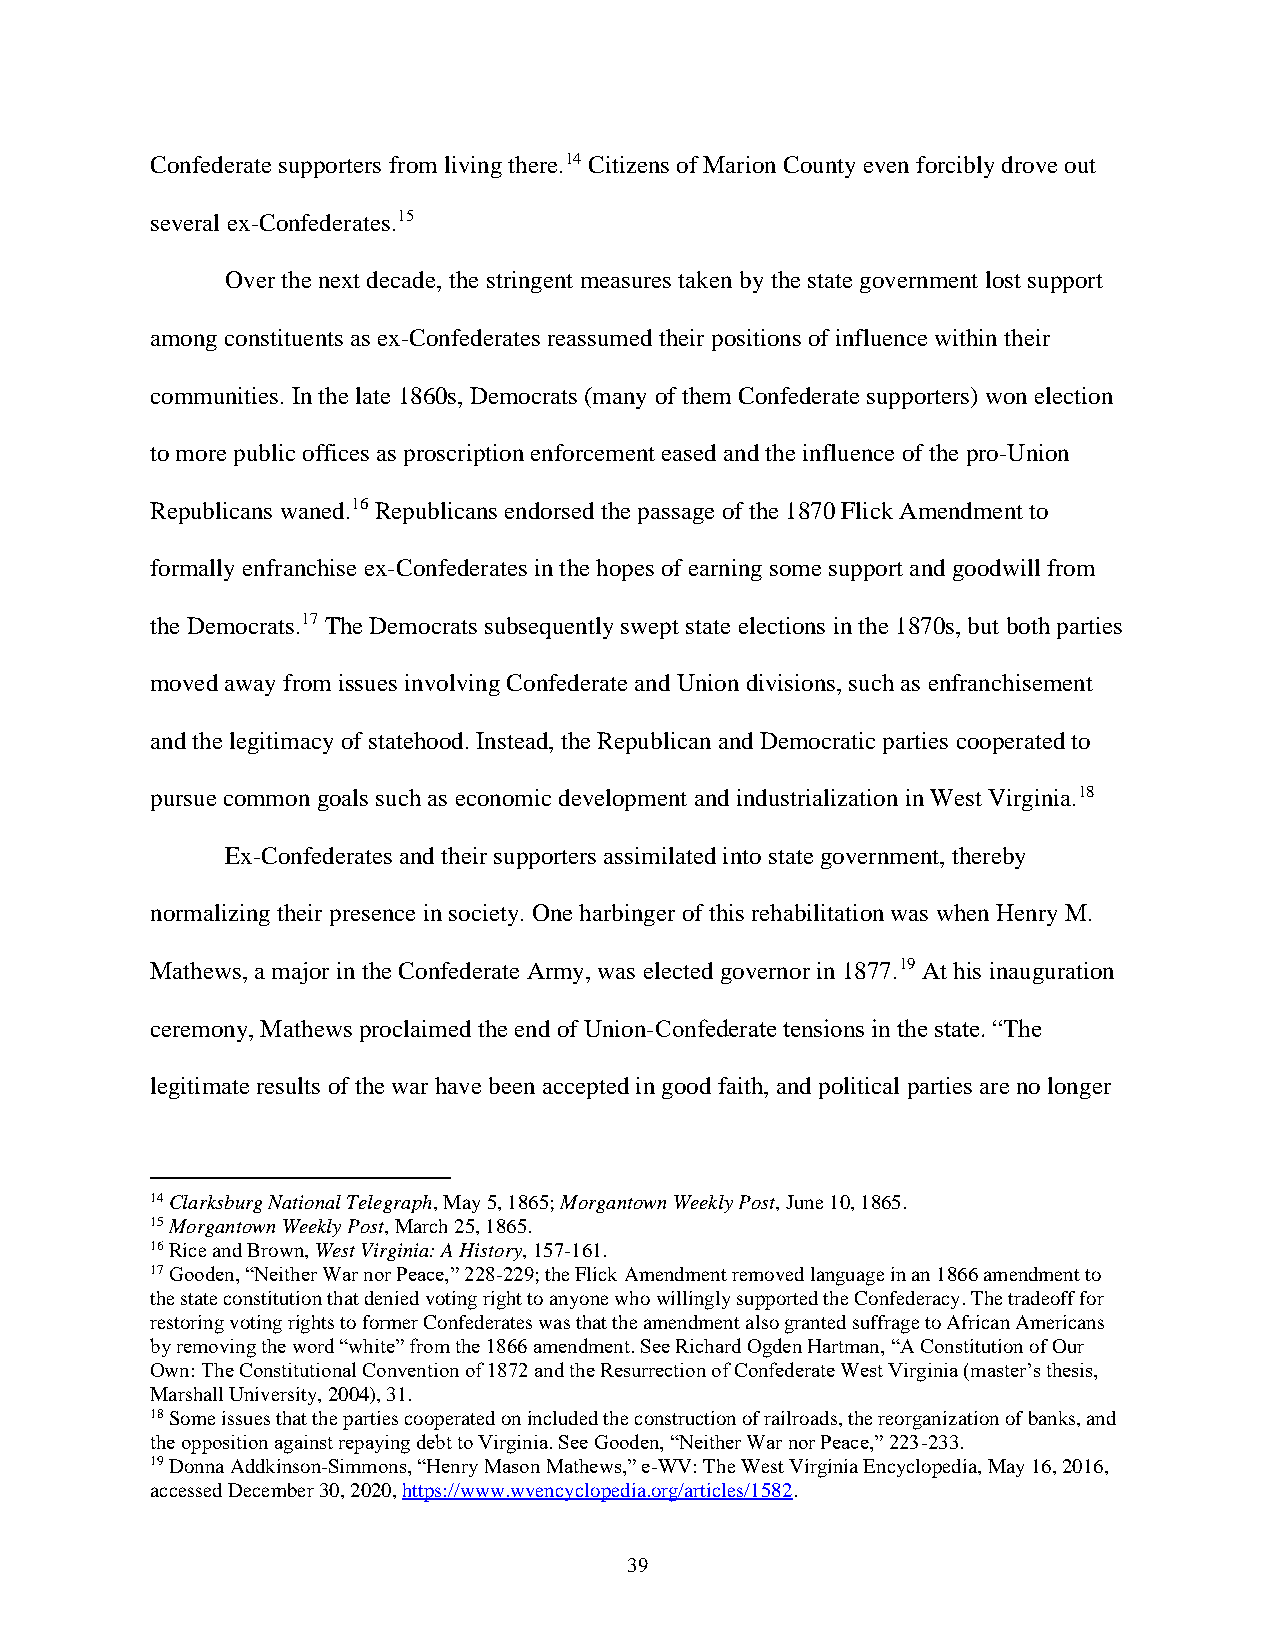
Confederate supporters from living there.14 Citizens of Marion County even forcibly drove out
 several ex-Confederates.15
 Over the next decade, the stringent measures taken by the state government lost support
 among constituents as ex-Confederates reassumed their positions of influence within their
 communities. In the late 1860s, Democrats (many of them Confederate supporters) won election
 to more public offices as proscription enforcement eased and the influence of the pro-Union
 Republicans waned.16 Republicans endorsed the passage of the 1870 Flick Amendment to
 formally enfranchise ex-Confederates in the hopes of earning some support and goodwill from
 the Democrats.17 The Democrats subsequently swept state elections in the 1870s, but both parties
 moved away from issues involving Confederate and Union divisions, such as enfranchisement
 and the legitimacy of statehood. Instead, the Republican and Democratic parties cooperated to
 pursue common goals such as economic development and industrialization in West Virginia.18
 Ex-Confederates and their supporters assimilated into state government, thereby
 normalizing their presence in society. One harbinger of this rehabilitation was when Henry M.
 Mathews, a major in the Confederate Army, was elected governor in 1877.19 At his inauguration
 ceremony, Mathews proclaimed the end of Union-Confederate tensions in the state. “The
 legitimate results of the war have been accepted in good faith, and political parties are no longer
 14 Clarksburg National Telegraph, May 5, 1865; Morgantown Weekly Post, June 10, 1865.
 15 Morgantown Weekly Post, March 25, 1865.
 16 Rice and Brown, West Virginia: A History, 157-161.
 17 Gooden, “Neither War nor Peace,” 228-229; the Flick Amendment removed language in an 1866 amendment to
 the state constitution that denied voting right to anyone who willingly supported the Confederacy. The tradeoff for
 restoring voting rights to former Confederates was that the amendment also granted suffrage to African Americans
 by removing the word “white” from the 1866 amendment. See Richard Ogden Hartman, “A Constitution of Our
 Own: The Constitutional Convention of 1872 and the Resurrection of Confederate West Virginia (master’s thesis,
 Marshall University, 2004), 31.
 18 Some issues that the parties cooperated on included the construction of railroads, the reorganization of banks, and
 the opposition against repaying debt to Virginia. See Gooden, “Neither War nor Peace,” 223-233.
 19 Donna Addkinson-Simmons, “Henry Mason Mathews,” e-WV: The West Virginia Encyclopedia, May 16, 2016,
 accessed December 30, 2020, https://www.wvencyclopedia.org/articles/1582.
 39